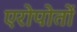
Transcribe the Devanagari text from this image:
एरोपोर्तो